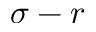
\sigma - r